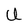
Character: U